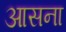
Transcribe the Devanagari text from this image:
आसना